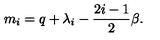
m _ { i } = q + \lambda _ { i } - { \frac { 2 i - 1 } { 2 } } \beta .